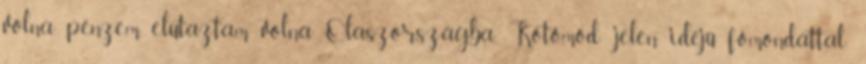
volna pénzem, elutaztam volna Olaszországba. Kötőmód: jelen idejű főmondattal;